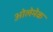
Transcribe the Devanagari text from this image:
ओलेमेक